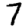
Digit: 7